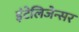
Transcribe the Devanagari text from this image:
इंटेलिजेन्सर